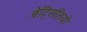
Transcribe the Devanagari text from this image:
बेट्सिलियो